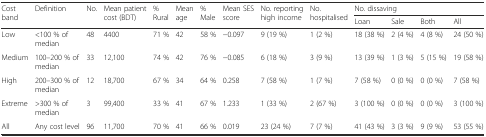
| <ROWSPAN=2> Cost band | <ROWSPAN=2> Definition | <ROWSPAN=2> No. | <ROWSPAN=2> Mean patient cost (BDT) | <ROWSPAN=2> % Rural | <ROWSPAN=2> Mean age | <ROWSPAN=2> % Male | <ROWSPAN=2> Mean SES score | <ROWSPAN=2> No. reporting high income | <ROWSPAN=2> No. hospitalised | <COLSPAN=4> No. dissaving |
 | Loan | Sale | Both | All |
 | --- | --- | --- | --- | --- | --- | --- | --- | --- | --- | --- | --- | --- | --- |
 | Low | <100 % of median | 48 | 4400 | 71 % | 42 | 58 % | −0.097 | 9 (19 %) | 1 (2 %) | 18 (38 %) | 2 (4 %) | 4 (8 %) | 24 (50 %) |
 | Medium | 100–200 % of median | 33 | 12,100 | 74 % | 42 | 76 % | −0.085 | 6 (18 %) | 3 (9 %) | 13 (39 %) | 1 (3 %) | 5 (15 %) | 19 (58 %) |
 | High | 200–300 % of median | 12 | 18,700 | 67 % | 34 | 64 % | 0.258 | 7 (58 %) | 1 (7 %) | 7 (58 %) | 0 (0 %) | 0 (0 %) | 7 (58 %) |
 | Extreme | >300 % of median | 3 | 99,400 | 33 % | 41 | 67 % | 1.233 | 1 (33 %) | 2 (67 %) | 3 (100 %) | 0 (0 %) | 0 (0 %) | 3 (100 %) |
 | All | Any cost level | 96 | 11,700 | 70 % | 41 | 66 % | 0.019 | 23 (24 %) | 7 (7 %) | 41 (43 %) | 3 (3 %) | 9 (9 %) | 53 (55 %) |